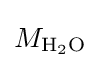
M_{\mathrm {H} {\vphantom {A}}_{\smash[{t}]{2}}\mathrm {O} }